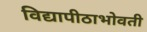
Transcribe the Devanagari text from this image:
विद्यापीठाभोवती